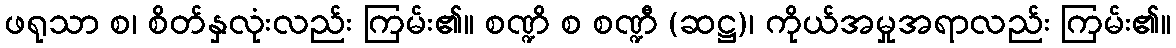
ဖရုသာ စ၊ စိတ်နှလုံးလည်း ကြမ်း၏။ စဏ္ဍိ စ စဏ္ဍီ (ဆဋ္ဌ)၊ ကိုယ်အမှုအရာလည်း ကြမ်း၏။